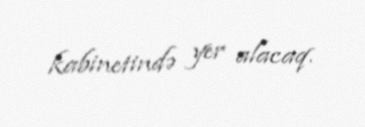
kabinetində yer alacaq.